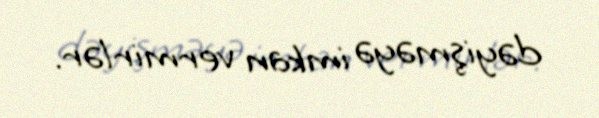
dəyişməyə imkan vermirlər.